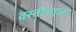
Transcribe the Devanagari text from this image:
वस्तीशाळा